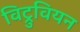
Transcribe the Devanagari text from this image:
विट्रुवियन